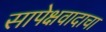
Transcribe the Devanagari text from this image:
सापेक्षवादाचा